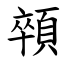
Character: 顇